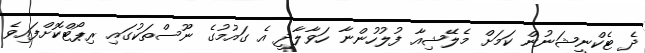
ދެ ޓެކްނީޝަނުން ކަމަށް މެލޭޝިއާ ފުލުހުންނާ ހަވާލާދީ އެ ގައުމުގެ ނޫސްތަކުގައި ރިޕޯޓްކޮށްފައިވެ